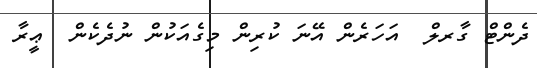
ދެންޓް ގާރލް  އަހަރެން އޭނަ ކުރިން މިގެއަކުން ނުދެކެން  ޢީރާ